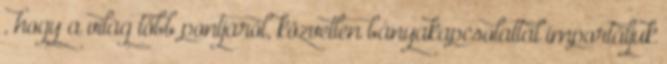
, hogy a világ több pontjáról, közvetlen bányakapcsolattal importáljuk